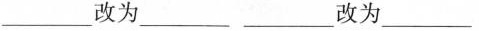
___改为___ ___改为___